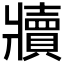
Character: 𬌏